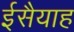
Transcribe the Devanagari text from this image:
ईसैयाह